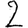
Digit: 2